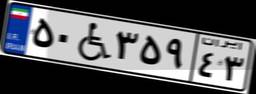
۵۰W۳۵۹۴۳